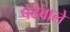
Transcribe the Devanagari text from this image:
पेढेवाले